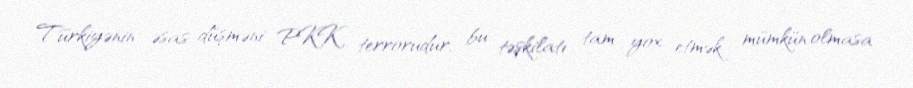
Türkiyənin əsas düşməni PKK terrorudur, bu təşkilatı tam yox etmək mümkün olmasa